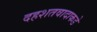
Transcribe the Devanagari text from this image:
दहशतवादाकडे